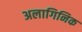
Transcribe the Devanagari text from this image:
अलागिनिक